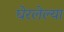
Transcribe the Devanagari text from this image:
घेरलेल्या